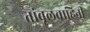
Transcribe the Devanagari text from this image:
तांबूलवाहिनी